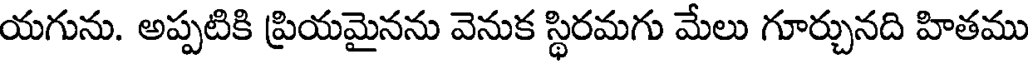
యగును. అప్పటికి ప్రియమైనను వెనుక స్థిరమగు మేలు గూర్చునది హితము